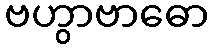
ဗဟွာဗာဓော